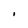
Character: i